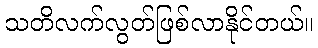
သတိလက်လွတ်ဖြစ်လာနိုင်တယ်။